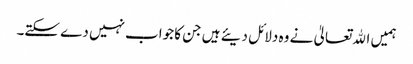
ہمیں اﷲتعالیٰ نے وہ دلائل دیئے ہیں جن کا جواب نہیں دے سکتے۔